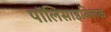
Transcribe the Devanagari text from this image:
पॉलिसाइक्लिक